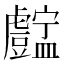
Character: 𧈚